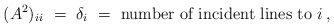
\begin{align*}(A^2)_{ii} ~=~ \delta_i ~=~ \mbox{number of incident lines to $i$} \, ,\end{align*}